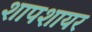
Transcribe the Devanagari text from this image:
शापशायर